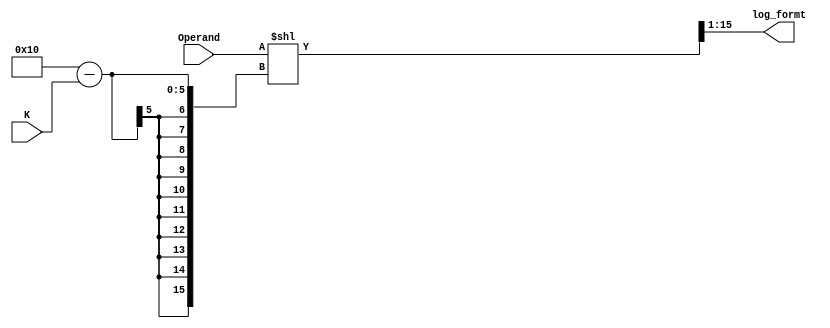
// This program was cloned from: https://github.com/iCAS-Lab/APTPU
// License: MIT License

// MIT License
// 
// Copyright (c) 2021-2024 iCAS Lab
// 
// Permission is hereby granted, free of charge, to any person obtaining a copy
// of this software and associated documentation files (the "Software"), to deal
// in the Software without restriction, including without limitation the rights
// to use, copy, modify, merge, publish, distribute, sublicense, and/or sell
// copies of the Software, and to permit persons to whom the Software is
// furnished to do so, subject to the following conditions:
// 
// The above copyright notice and this permission notice shall be included in all
// copies or substantial portions of the Software.
// 
// THE SOFTWARE IS PROVIDED "AS IS", WITHOUT WARRANTY OF ANY KIND, EXPRESS OR
// IMPLIED, INCLUDING BUT NOT LIMITED TO THE WARRANTIES OF MERCHANTABILITY,
// FITNESS FOR A PARTICULAR PURPOSE AND NONINFRINGEMENT. IN NO EVENT SHALL THE
// AUTHORS OR COPYRIGHT HOLDERS BE LIABLE FOR ANY CLAIM, DAMAGES OR OTHER
// LIABILITY, WHETHER IN AN ACTION OF CONTRACT, TORT OR OTHERWISE, ARISING FROM,
// OUT OF OR IN CONNECTION WITH THE SOFTWARE OR THE USE OR OTHER DEALINGS IN THE
// SOFTWARE.

// Company: iCAS Lab, University of South Carolina
// Design Name: 
// Module Name: BLC
// Project Name: 
// Target Devices: 
// Tool Versions: 
// Description: Binary-Logarithmic converter (BLC)
// 
// Dependencies: 
// 
// Revision:
// Revision 0.01 - File Created
// Additional Comments:
// 
//////////////////////////////////////////////////////////////////////////////////


`timescale 1ns / 1ps

//this mux shift the input to the left to subtract one from the term (1+x) in log2(A) = k + log2(1+x) 
// and let the x only to be concatenated with k

	 
module BLC #(parameter LOG2_WIDTH = 4, WIDTH = 2**LOG2_WIDTH) //WIDTH --> input data width
(
input	wire	[WIDTH-1:0]						Operand, // input data
input	wire	[LOG2_WIDTH-1:0]				K, //index of first one
//output	reg		[LOG2_WIDTH+WIDTH-2:0]			log_format //logarithmic format
//output		[LOG2_WIDTH+WIDTH-2:0]			log_formt //logarithmic format
output		[WIDTH-2:0]			log_formt //logarithmic format
				// WIDTH-2 because if k = 15 only 15 out of 16 bits will get out
);

reg		[WIDTH-1:0]	log_frac ; // logarithmic fraction

wire		[WIDTH-1:0]	shamt ; // Shift Amount 
wire		[WIDTH-1:0]	log_amnt ; // logarithmic fraction

assign shamt = WIDTH - K;
//assign log_amnt = {Operand, {shamt{1'b0}}}; 
assign log_amnt = Operand << shamt; 

//assign log_formt = {K,log_amnt[WIDTH-1:1]} ;
assign log_formt = log_amnt[WIDTH-1:1] ;

endmodule